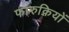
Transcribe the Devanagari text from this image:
फारुक़ियों